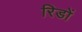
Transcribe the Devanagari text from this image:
रिडों